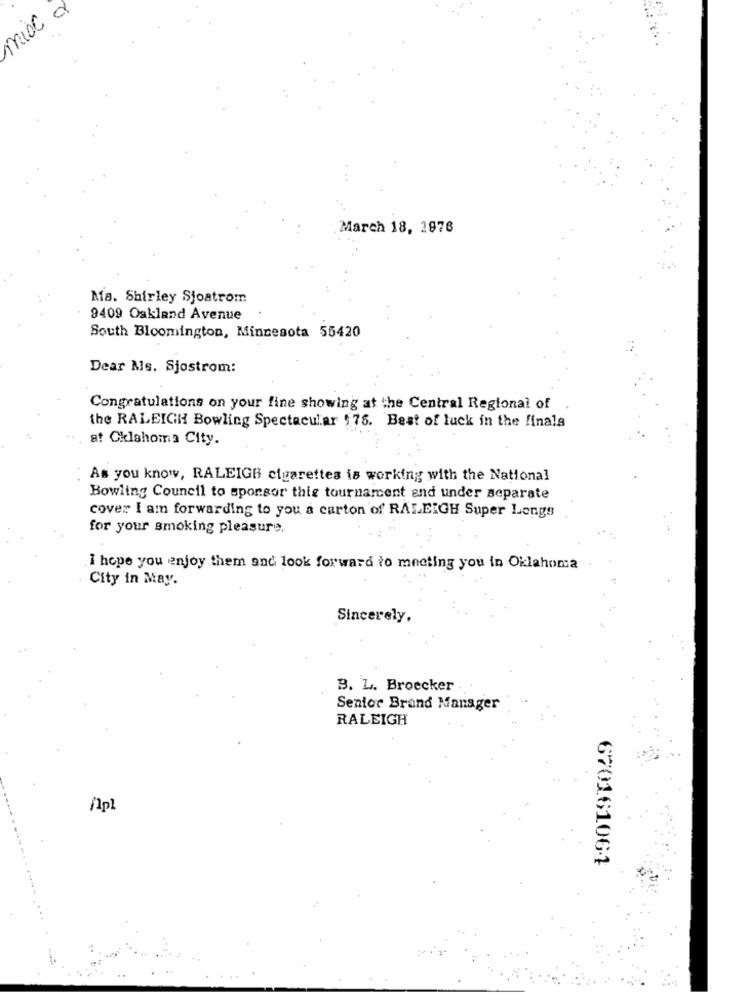
mixed
March 18, 2876
Ma. Shirley Sjoatrom
9409 Oakland Avenue
South Bloomington, Minnesota 55420
Dear Ms. Sjostrom:
Congratulations on your fine showing at the Central Regional of
the RALEIGH Bowling Spectacular $75. Best of luck in the finals
at Oklahoma City.
As you know, RALEIGH cigarettes is working with the National
Bowling Council to sponsor thie tournament and under separate
cover I am forwarding to you a carton of RALEIGH Super Longs
for your smoking pleasure,
I hope you enjoy them and look forward to meeting you in Oklahoma
City in May.
Sincerely,
B. L. Broecker
Senior Brand Manager
RALEIGH
670161064